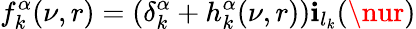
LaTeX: f_{k}^{\alpha}(\nu,r)=\left(\delta_{k}^{\alpha}+h_{k}^{\alpha}(\nu,r)\right)\mathbf{i}_{l_{k}}(\nur)